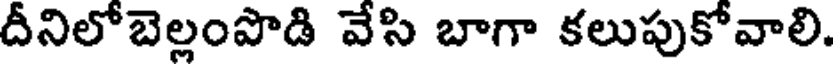
దీనిలోబెల్లంపొడి వేసి బాగా కలుపుకోవాలి.